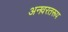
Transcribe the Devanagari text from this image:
अनवरतरूप